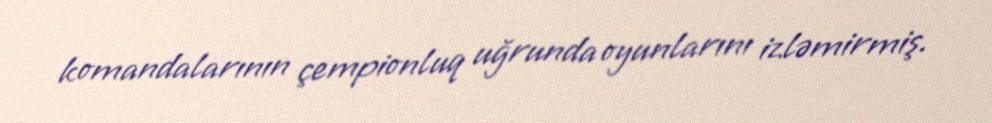
komandalarının çempionluq uğrunda oyunlarını izləmirmiş.